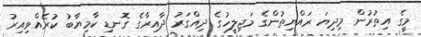
މީގެ އިތުރުން މިދިޔަ ރައްޔިތުންގެ މަޖިލީހުގެ ދިއްގަރު ދާއިރާގެ ގޮނޑި ކާމިޔާބު ކުރެއްވިއިރު